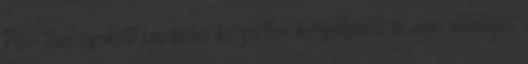
Pár taxi szokott parkolni közvetlen közelben, de nem mindig.